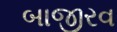
બાજીરવ